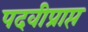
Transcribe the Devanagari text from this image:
पदवीप्राप्त